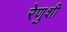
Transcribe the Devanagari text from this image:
रेणुशी